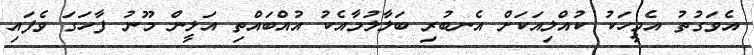
އެވަގުތު އެމީހަކު ކުއްލިއަކަށް އެނބުރި ބަލާލުމާއެކު އުއްބައްތި އަލީން މޫނު ފާހަގަ ވެފައި